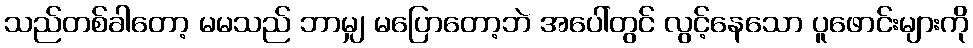
သည်တစ်ခါတော့ မမသည် ဘာမျှ မပြောတော့ဘဲ အပေါ်တွင် လွင့်နေသော ပူဖောင်းများကို